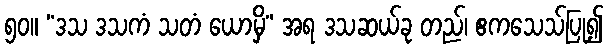
၅၀။ “ဒသ ဒသကံ သတံ ယောမှိ” အရ ဒသဆယ်ခု တည်၊ ဧကသေသ်ပြု၍